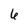
Character: 6